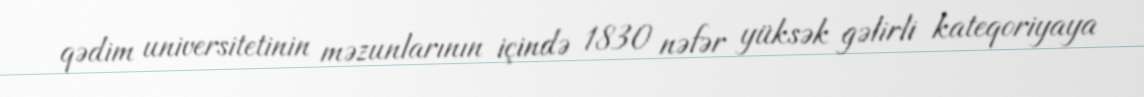
qədim universitetinin məzunlarının içində 1830 nəfər yüksək gəlirli kateqoriyaya